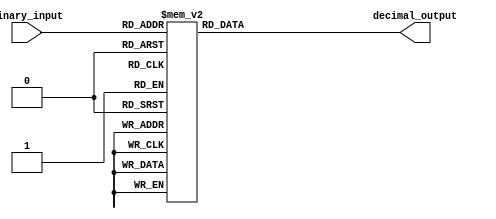
module DecimalDecoder(
    input [3:0] binary_input,
    output reg [3:0] decimal_output
);

always @(*) begin
    case(binary_input)
        4'b0001: decimal_output = 1;
        4'b0010: decimal_output = 2;
        4'b0011: decimal_output = 3;
        4'b0100: decimal_output = 4;
        4'b0101: decimal_output = 5;
        4'b0110: decimal_output = 6;
        4'b0111: decimal_output = 7;
        4'b1000: decimal_output = 8;
        4'b1001: decimal_output = 9;
        4'b1010: decimal_output = 10;
        4'b1011: decimal_output = 11;
        4'b1100: decimal_output = 12;
        4'b1101: decimal_output = 13;
        4'b1110: decimal_output = 14;
        4'b1111: decimal_output = 15;
        default: decimal_output = 0;
    endcase
end

endmodule